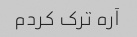
آره ترک کردم